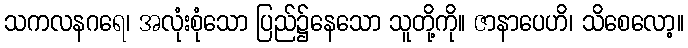
သကလနဂရေ၊ အလုံးစုံသော ပြည်၌နေသော သူတို့ကို။ ဇာနာပေဟိ၊ သိစေလော့။